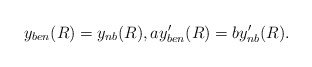
\begin{align*}y_{ben}(R)=y_{nb}(R), ay'_{ben}(R)=by'_{nb}(R).\end{align*}